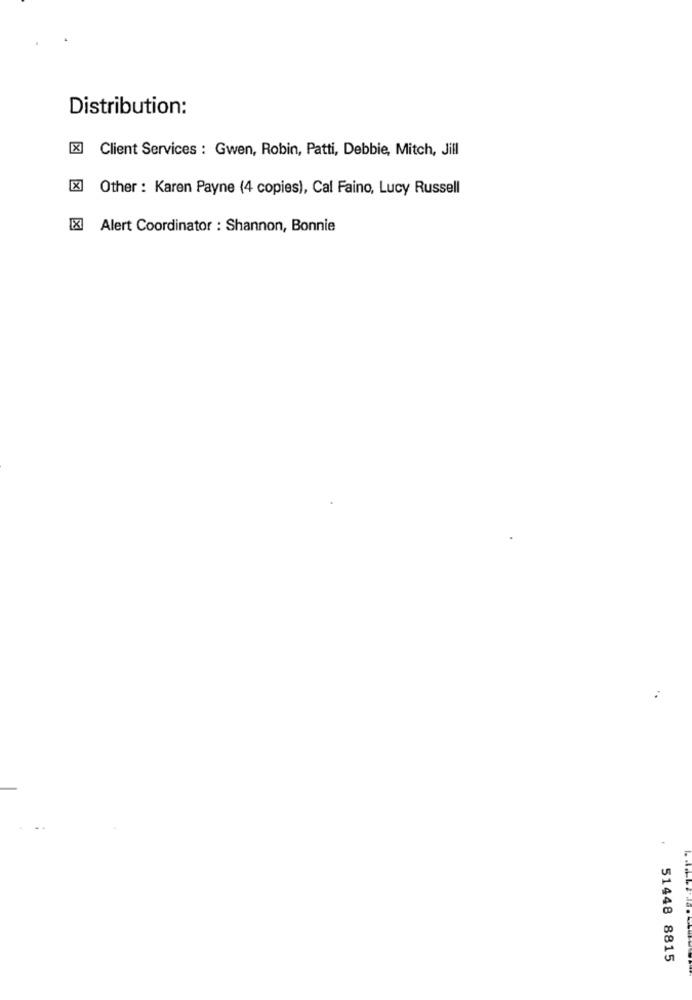
Distribution:
[X] Client Services : Gwen, Robin, Patti, Debbie, Mitch, Jill
Other : Karen Payne (4 copies), Cal Faino, Lucy Russell
[X] Alert Coordinator : Shannon, Bonnie
51448 8815